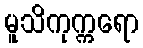
မူသိကုက္ကရော